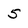
Character: 5